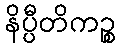
နိပ္ပီတိကဉ္စ